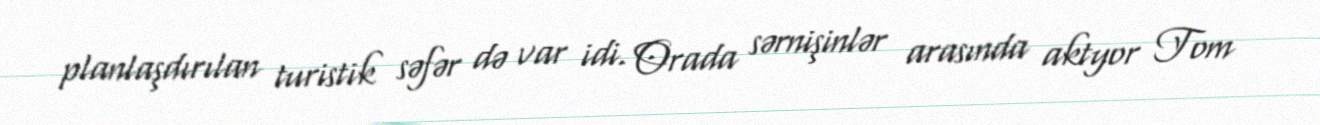
planlaşdırılan turistik səfər də var idi. Orada sərnişinlər arasında aktyor Tom